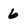
Character: 6